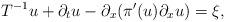
LaTeX: \begin{align*}T^{-1}u+\partial_tu-\partial_x(\pi'(u)\partial_xu)=\xi,\end{align*}